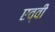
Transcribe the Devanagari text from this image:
एव्वी